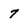
Character: 7